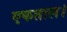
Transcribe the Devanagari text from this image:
एकताल।